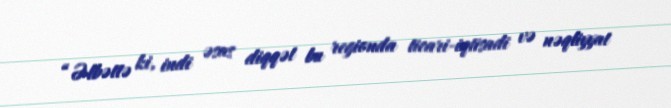
“Əlbəttə ki, indi əsas diqqət bu regionda ticari-iqtisadi və nəqliyyat